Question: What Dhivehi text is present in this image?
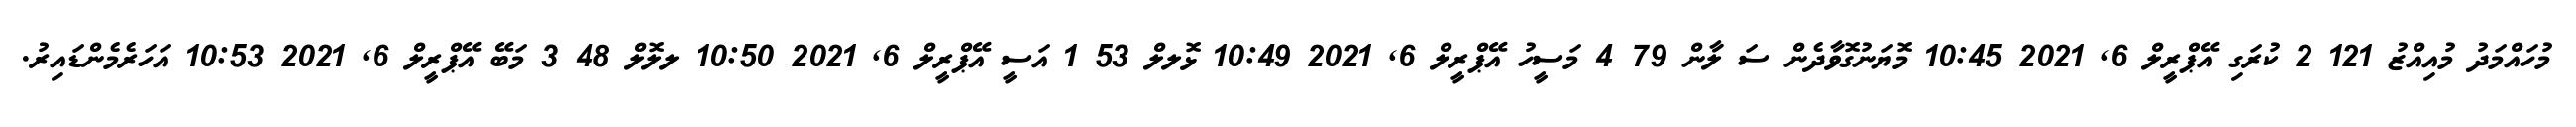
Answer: މުހައްމަދު މުއިއްޒު 121 2 ކުރަގި އޭޕްރީލް 6, 2021 10:45 މޮޔަނުގޮވާދެން ސަ ލާން 79 4 މަސީހު އޭޕްރީލް 6, 2021 10:49 ޅޮލލް 53 1 އަސީ އޭޕްރީލް 6, 2021 10:50 ލލޮލް 48 3 މަބޭ އޭޕްރީލް 6, 2021 10:53 އަހަރެމެންޑައިރު.